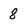
Character: 8